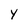
Character: Y